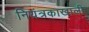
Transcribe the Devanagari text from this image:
नियंत्रकाखाली